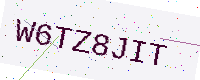
Text: W6TZ8JIT